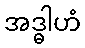
အဒ္ဓါဟံ